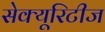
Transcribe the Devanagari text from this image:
सेक्यूरिटीज